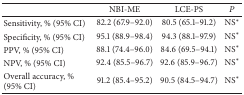
<table><thead><tr><td><b> </b></td><td><b>NBI-ME</b></td><td><b>LCE-PS</b></td><td><b><i>P</i></b></td></tr></thead><tbody><tr><td>Sensitivity, % (95% CI)</td><td>82.2 (67.9–92.0)</td><td>80.5 (65.1–91.2)</td><td>NS<sup><i>∗</i></sup></td></tr><tr><td>Specificity, % (95% CI)</td><td>95.1 (88.9–98.4)</td><td>94.3 (88.1–97.9)</td><td>NS<sup><i>∗</i></sup></td></tr><tr><td>PPV, % (95% CI)</td><td>88.1 (74.4–96.0)</td><td>84.6 (69.5–94.1)</td><td>NS<sup><i>∗</i></sup></td></tr><tr><td>NPV, % (95% CI)</td><td>92.4 (85.5–96.7)</td><td>92.6 (85.9–96.7)</td><td>NS<sup><i>∗</i></sup></td></tr><tr><td>Overall accuracy, % (95% CI) </td><td>91.2 (85.4–95.2)</td><td>90.5 (84.5–94.7)</td><td>NS<sup><i>∗</i></sup></td></tr></tbody></table>